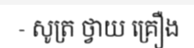
- សូត្រ ថ្វាយ គ្រឿង